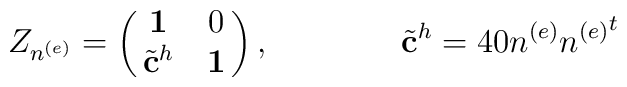
Z_{n^{(e)}}=\pmatrix{{\bf 1}&0\cr{{\tilde{\bf c}}^h}&{\bf 1}}, \qquad\qquad {\tilde{\bf c}}^h=40n^{(e)}{n^{(e)}}^t